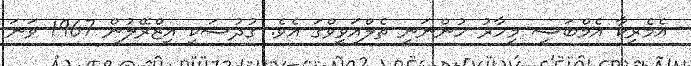
އެމެެރިކާ އެމްބަސީ މިހާރު ހުންނަނީ ތެލްއަވީވްގަ އެވެ. ގުދުސަކީ އިޒްރޭލުން 1967 ވަނަ